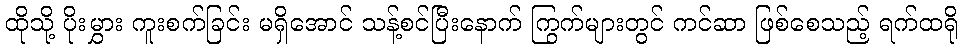
ထိုသို့ ပိုးမွှား ကူးစက်ခြင်း မရှိအောင် သန့်စင်ပြီးနောက် ကြွက်များတွင် ကင်ဆာ ဖြစ်စေသည့် ရက်ထရို